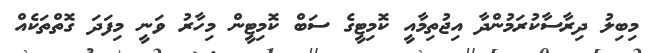
މިބިލު ދިރާސާކުރަމުންދާ އިޖުތިމާއީ ކޮމިޓީގެ ސަބް ކޮމިޓީން މިހާރު ވަނީ މިފަދަ ގޮތްތަކެއް